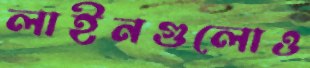
লাইনগুলোও